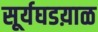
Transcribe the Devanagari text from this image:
सूर्यघडय़ाळ